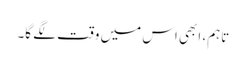
تاہم، ابھی اس میں وقت لگے گا۔